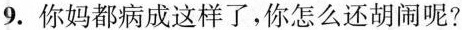
9.你妈都病成这样了，你怎么还胡闹呢？